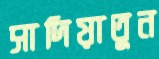
সাদিয়াতুন